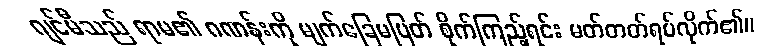
ဂျင်မီသည် ရာမ၏ ဂဏန်းကို မျက်ခြေမပြတ် စိုက်ကြည့်ရင်း မတ်တတ်ရပ်လိုက်၏။